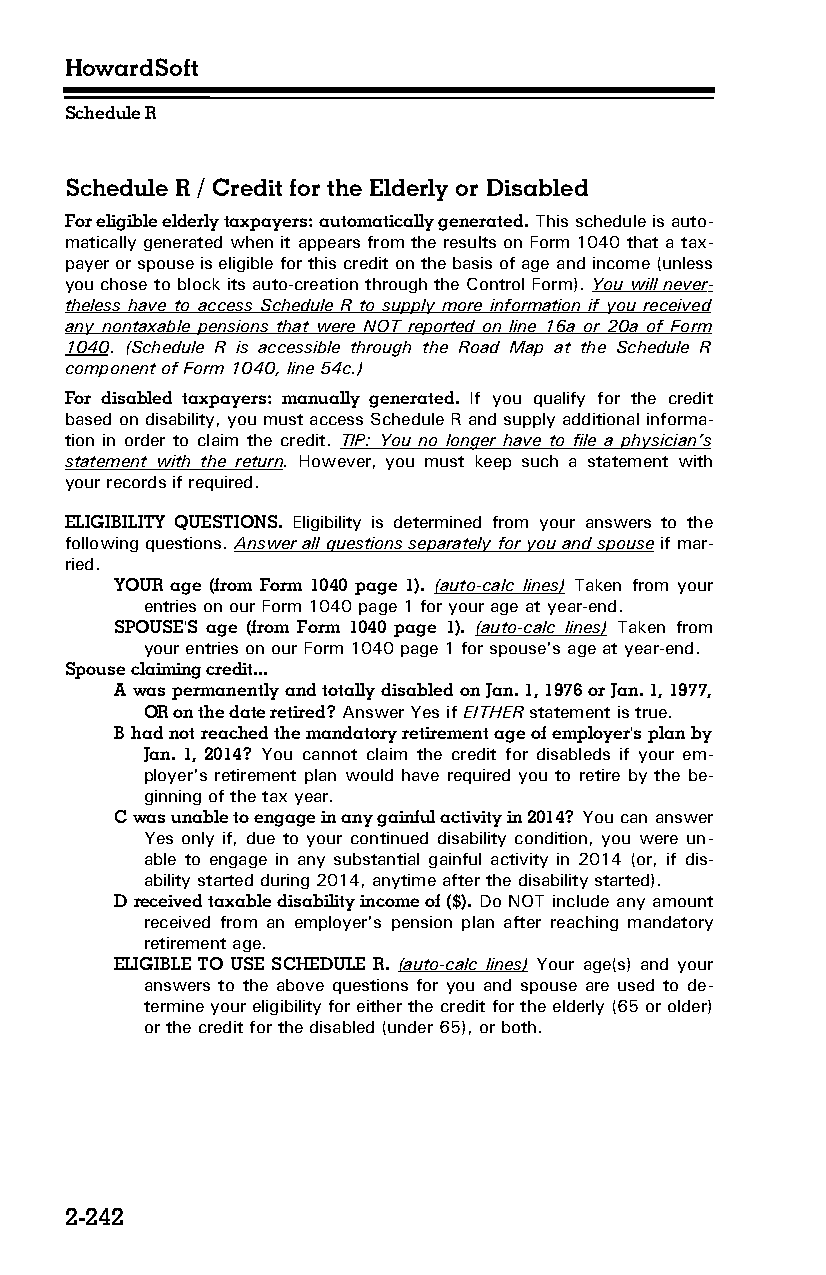
HowardSoft
 Schedule R
 Schedule R / Credit for the Elderly or Disabled
 For eligible elderly taxpayers: automatically generated. This schedule is auto­
 matically generated when it appears from the results on Form 1040 that a tax­
 payer or spouse is eligible for this credit on the basis of age and income (unless
 you chose to block its auto-creation through the Control Form). You will never­
 theless have to access Schedule R to supply more information if you received
 any nontaxable pensions that were NOT reported on line 16a or 20a of Form
 1040. (Schedule R is accessible through the Road Map at the Schedule R
 component of Form 1040, line 54c.)
 For disabled taxpayers: manually generated. If you qualify for the credit
 based on disability, you must access Schedule R and supply additional informa­
 tion in order to claim the credit. TIP: You no longer have to file a physician’s
 statement with the return. However, you must keep such a statement with
 your records if required.
 ELIGIBILITY QUESTIONS. Eligibility is determined from your answers to the
 following questions. Answer all questions separately for you and spouse if mar­
 ried.
 YOUR age (from Form 1040 page 1). (auto-calc lines) Taken from your
 entries on our Form 1040 page 1 for your age at year-end.
 SPOUSE'S age (from Form 1040 page 1). (auto-calc lines) Taken from
 your entries on our Form 1040 page 1 for spouse's age at year-end.
 Spouse claiming credit...
 A was permanently and totally disabled on Jan. 1, 1976 or Jan. 1, 1977,
 OR on the date retired? Answer Yes if EITHER statement is true.
 B had not reached the mandatory retirement age of employer's plan by
 Jan. 1, 2014? You cannot claim the credit for disableds if your em­
 ployer's retirement plan would have required you to retire by the be­
 ginning of the tax year.
 C was unable to engage in any gainful activity in 2014? You can answer
 Yes only if, due to your continued disability condition, you were un­
 able to engage in any substantial gainful activity in 2014 (or, if dis­
 ability started during 2014, anytime after the disability started).
 D received taxable disability income of ($). Do NOT include any amount
 received from an employer's pension plan after reaching mandatory
 retirement age.
 ELIGIBLE TO USE SCHEDULE R. (auto-calc lines) Your age(s) and your
 answers to the above questions for you and spouse are used to de­
 termine your eligibility for either the credit for the elderly (65 or older)
 or the credit for the disabled (under 65), or both.
 2-242